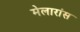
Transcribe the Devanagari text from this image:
मेलारांस